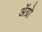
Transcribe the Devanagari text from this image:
अॅग्रो